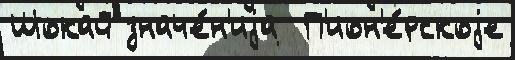
Шокай значе́н'иjа  П'ион'е́рскоjе